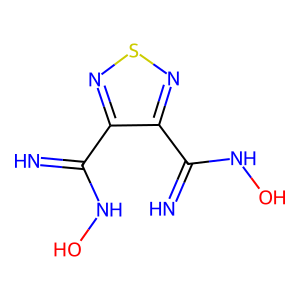
SMILES: N=C(NO)c1nsnc1C(=N)NO
Inhibits HIV replication: No